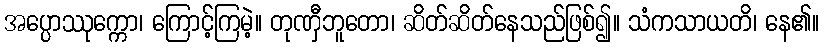
အပ္ပောဿုက္ကော၊ ကြောင့်ကြမဲ့။ တုဏှီဘူတော၊ ဆိတ်ဆိတ်နေသည်ဖြစ်၍။ သံကသာယတိ၊ နေ၏။